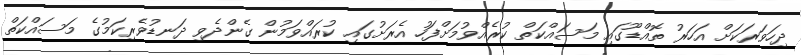
ދިހަވަރަކަށް އަހަރު ތޮއްޑޫގައި މަސައްކަތް ކުރެއްވުމަށްފަހު އެރަށުގައި ކުރައްވަމުން ގެންދެވި ދަނޑުވެރިކަމުގެ މަސައްކަތް